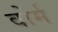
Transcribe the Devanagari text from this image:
वोर्म